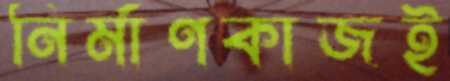
নির্মাণকাজই